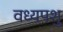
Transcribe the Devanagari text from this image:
वध्यपशु